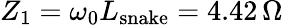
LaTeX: Z_{1}=\omega_{0}L_{\mathrm{snake}}=4.42\, \Omega